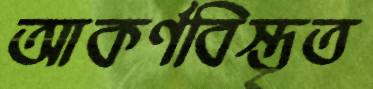
আকর্ণবিস্তৃত